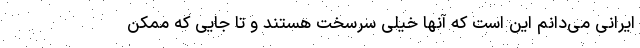
ایرانی می‌دانم این است که آنها خیلی سرسخت هستند و تا جایی که ممکن